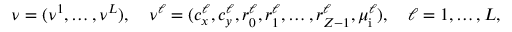
\begin{array} { r } { \ensuremath { \boldsymbol \nu } = ( \ensuremath { \boldsymbol \nu } ^ { 1 } , \ldots , \ensuremath { \boldsymbol \nu } ^ { L } ) , \quad \ensuremath { \boldsymbol \nu } ^ { \ell } = ( c _ { x } ^ { \ell } , c _ { y } ^ { \ell } , r _ { 0 } ^ { \ell } , r _ { 1 } ^ { \ell } , \ldots , r _ { Z - 1 } ^ { \ell } , \mu _ { \mathrm { i } } ^ { \ell } ) , \quad \ell = 1 , \ldots , L , } \end{array}